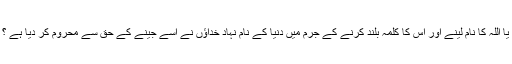
یا اللہ کا نام لینے اور اس کا کلمہ بلند کرنے کے جرم میں دنیا کے نام نہاد خداؤں نے اسے جینے کے حق سے محروم کر دیا ہے ؟